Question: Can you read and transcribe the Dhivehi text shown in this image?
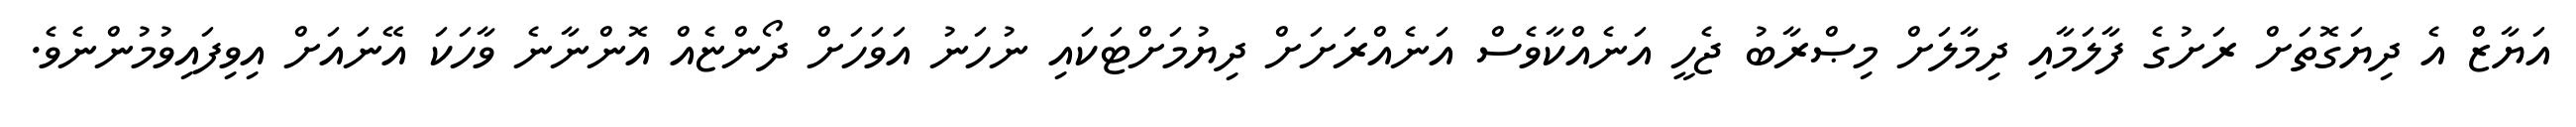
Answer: އަޔާޒް އެ ދިޔަގޮތަށް ރަށުގެ ފާލަމާއި ދިމާލަށް މިޞްރާބު ޖެހީ އަނެއްކާވެސް އަނެއްރަށަށް ދިޔުމަށްޓަކައި ނުހަނު އަވަހަށް ދޯންޏެއް އޮންނާނެ ވާހަކަ އޭނައަށް އިވިފައިވުމުންނެވެ.